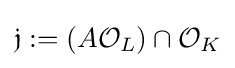
{\mathfrak {j}}:=(A{\mathcal {O}}_{L})\cap {\mathcal {O}}_{K}